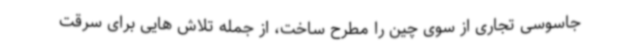
جاسوسی تجاری از سوی چین را مطرح ساخت، از جمله تلاش هایی برای سرقت